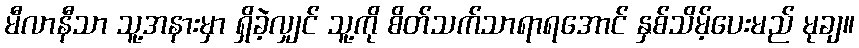
မီလာနီသာ သူ့အနားမှာ ရှိခဲ့လျှင် သူ့ကို စိတ်သက်သာရာရအောင် နှစ်သိမ့်ပေးမည် မုချ။